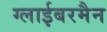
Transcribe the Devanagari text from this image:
ग्लाईबरमैन